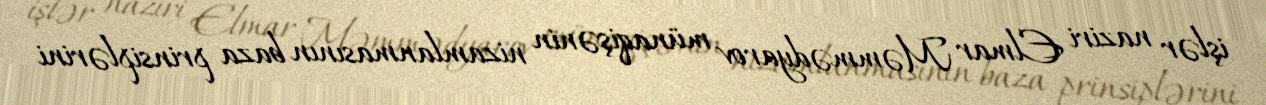
işlər naziri Elmar Məmmədyarov münaqişənin nizamlanmasının baza prinsiplərini